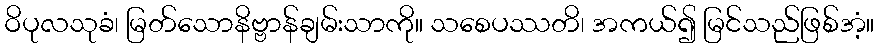
ဝိပုလသုခံ၊ မြတ်သောနိဗ္ဗာန်ချမ်းသာကို။ သစေပဿတိ၊ အကယ်၍ မြင်သည်ဖြစ်အံ့။